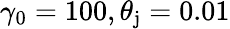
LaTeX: \gamma_{0}=100,\theta_{\mathrm{j}}=0.01